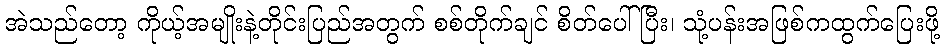
အဲသည်တော့ ကိုယ့်အမျိုးနဲ့တိုင်းပြည်အတွက် စစ်တိုက်ချင် စိတ်ပေါ်ပြီး၊ သုံ့ပန်းအဖြစ်ကထွက်ပြေးဖို့